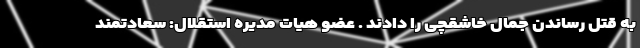
به قتل رساندن جمال خاشقچی را دادند . عضو هیات مدیره استقلال: سعادتمند